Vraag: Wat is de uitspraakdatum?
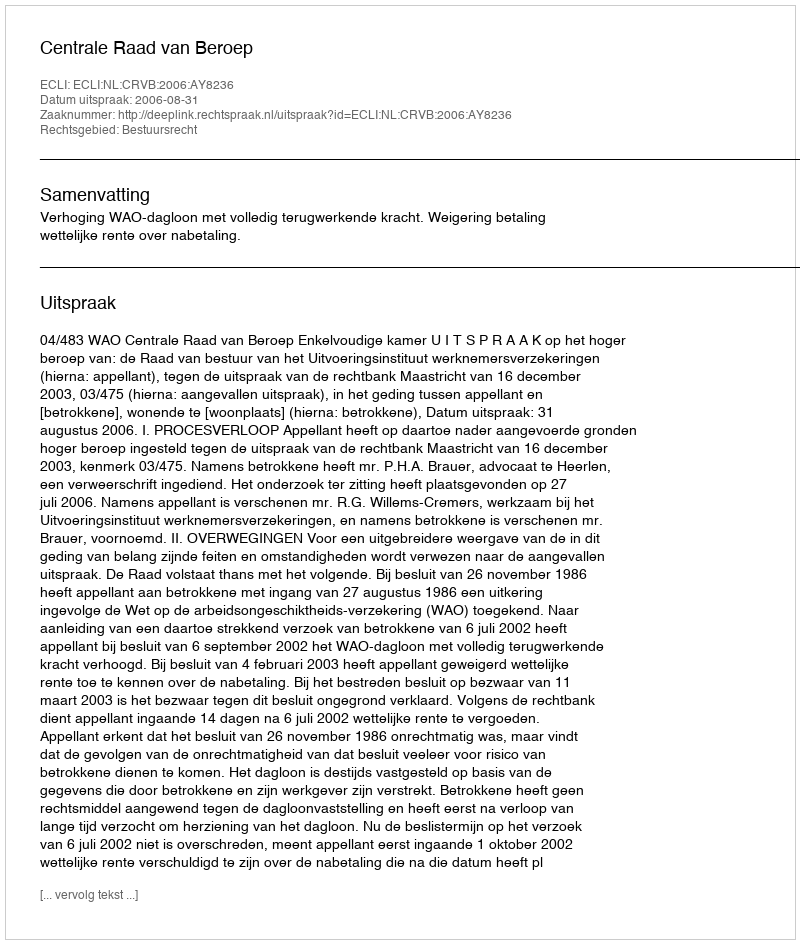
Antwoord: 2006-08-31